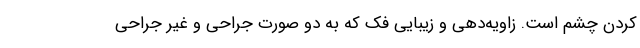
کردن چشم است. زاویه‌دهی و زیبایی فک که به دو صورت جراحی و غیر جراحی